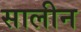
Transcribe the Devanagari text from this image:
सालीन